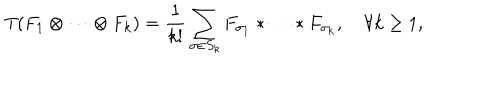
T ( F _ { 1 } \otimes \cdots \otimes F _ { k } ) = { \frac { 1 } { k ! } } \sum _ { \sigma \in S _ { k } } F _ { \sigma _ { 1 } } \ast \cdots \ast F _ { \sigma _ { k } } , \quad \forall k \geq 1 ,